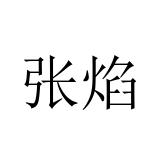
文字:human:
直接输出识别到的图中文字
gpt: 张焰